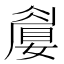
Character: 𡡚